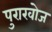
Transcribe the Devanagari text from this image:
पुराखोज